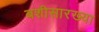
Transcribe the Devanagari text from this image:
बशीसारख्या